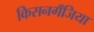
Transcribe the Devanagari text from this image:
किसनगॅँजिया